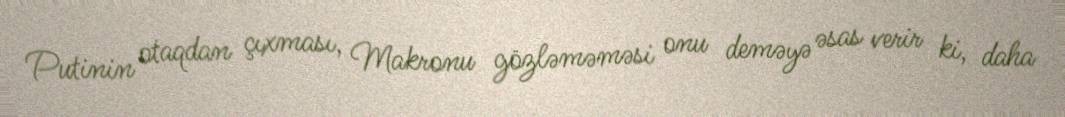
Putinin otaqdan çıxması, Makronu gözləməməsi onu deməyə əsas verir ki, daha